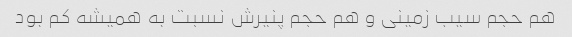
هم حجم سیب زمینی و هم حجم پنیرش نسبت به همیشه کم بود